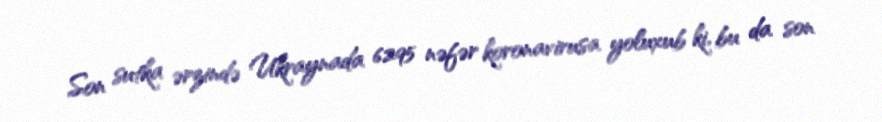
Son sutka ərzində Ukraynada 6295 nəfər koronavirusa yoluxub ki, bu da son